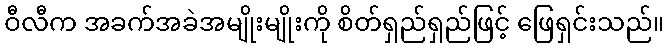
ဝီလီက အခက်အခဲအမျိုးမျိုးကို စိတ်ရှည်ရှည်ဖြင့် ဖြေရှင်းသည်။